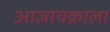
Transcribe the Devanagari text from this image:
आज्ञाचक्राला